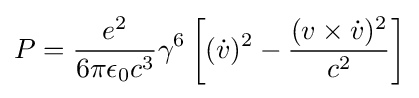
P={\frac {e^{2}}{6\pi \epsilon _{0}c^{3}}}\gamma ^{6}\left[({\dot {v}})^{2}-{\frac {({v}\times {\dot {v}})^{2}}{c^{2}}}\right]